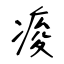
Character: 痠